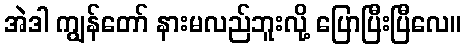
အဲဒါ ကျွန်တော် နားမလည်ဘူးလို့ ပြောပြီးပြီလေ။